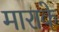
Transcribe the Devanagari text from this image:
माराके